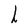
Character: h